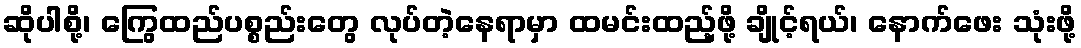
ဆိုပါစို့၊ ကြွေထည်ပစ္စည်းတွေ လုပ်တဲ့နေရာမှာ ထမင်းထည့်ဖို့ ချိုင့်ရယ်၊ နောက်ဖေး သုံးဖို့